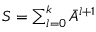
\begin{array} { r } { S = \sum _ { l = 0 } ^ { k } \Bar { A } ^ { l + 1 } } \end{array}